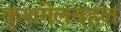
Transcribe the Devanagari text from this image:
कुशमेलबहल